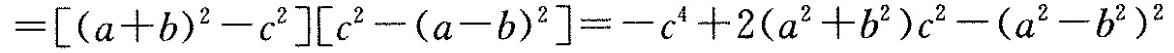
= [ ( a + b ) ^ { 2 } - c ^ { 2 } ] [c ^ { 2 } - ( a - b ) ^ { 2 } ] = -c ^ { 4 } + 2 (a ^ { 2 } + b ^ { 2 } ) c ^ { 2 } - (a ^ {2 } - b ^ { 2 } ) ^ { 2 }